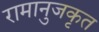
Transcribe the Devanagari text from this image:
रामानुजकृत